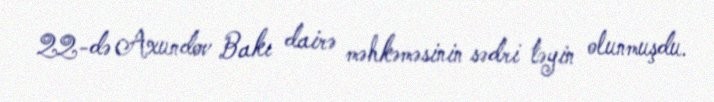
22-də Axundov Bakı dairə məhkəməsinin sədri təyin olunmuşdu.